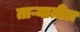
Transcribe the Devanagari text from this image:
ताऱ्यातील